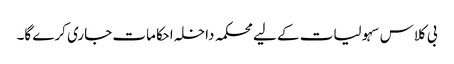
بی کلاس سہولیات کے لیے محکمہ داخلہ احکامات جاری کرے گا۔